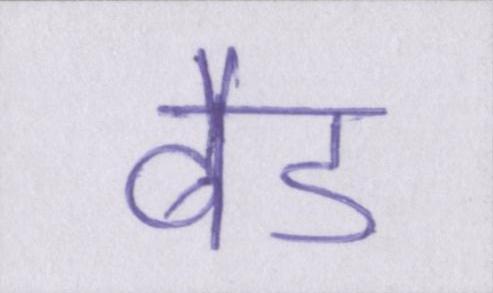
बैड